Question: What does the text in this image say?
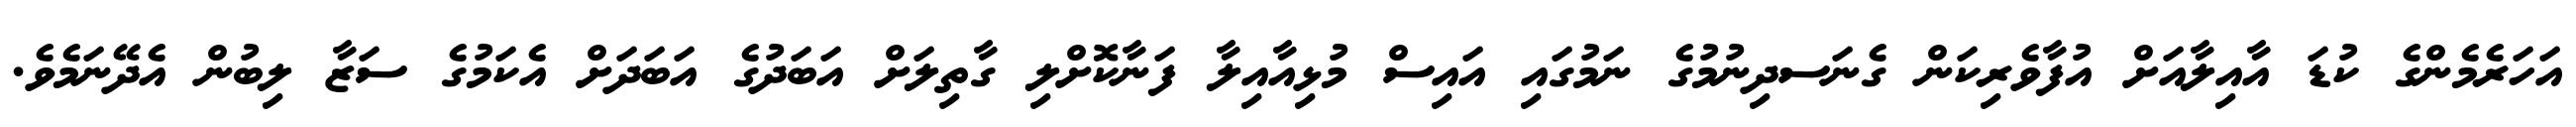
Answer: އަހަރެމެންގެ ކުޑަ އާއިލާއަށް އުފާވެރިކަން ގެނަސދިނުމުގެ ނަމުގައި އައިސް މުޅިއާއިލާ ފަނާކޮށްލި ގާތިލަށް އަބަދުގެ އަބަދަށް އެކަމުގެ ސަޒާ ލިބުން އެދޭނަމެވެ.